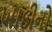
ખાદીનો